Report on vaccination in the Province of Bengal - 1874-1889
Year: 1874
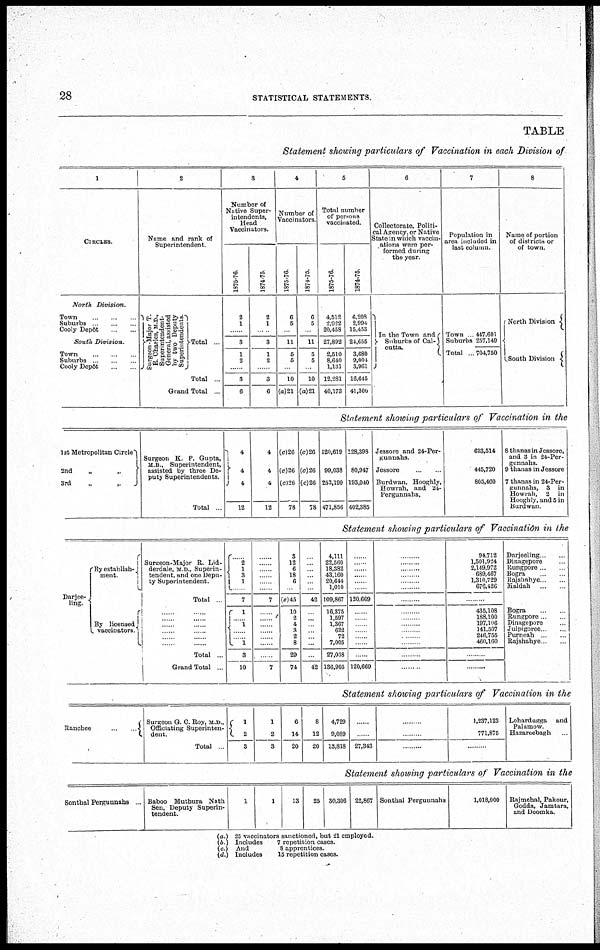
28
STATISTICAL STATEMENTS.
TABLE
Statement showing particulars of Vaccination in each Division of
1
CIRCLES
North
Division.
Town ... ... ...
Suburbs... ... ...
Cooly Depôt... ...
South Division.
Town. ... ... ...
Suburbs . . . . . . . . .
Cooly Depôt ... ...
2
Name and rank of
Superintendent
Surgeon-Major T.
E. Char l
es , M. D.,
Superintendent-
Gener al , assisted
by t wo Deput y
Superintendents
Total ...
Total ...
Grand Total...
3
Number of
Native Super-
intendents,
Head
Vaccinators.
1875-76.
2
1
......
8
1
2
......
3
6
1874-75.
2
1
......
3
1
2
......
3
6
4
Number of
Vaccinators
1875-76.
6
5
......
11
5
5
......
10
(a)21
1874-75.
6
5
......
11
5
5
......
10
(a)21
5
Total number
of persons
vaccinated
1875-76.
4,512
2,922
20,458
27,892
2,510
8,640
1,131
12,281
40,173
1874-75
6,208
2,994
15,453
24,655
3,680
9,004
3,961
16,645
41,300
6
Collectorate, Politi-
cal Agency, or Native
State in which vaccin-
ations were per-
formed during
the year.
In the Town and
Suburbs of Cal¬
cutta.
7
Population in
area included in
last column
Town ...
Suburbs
Total ...
447,601
257,149
704,750
8
Name of portion
of districts or
of town
North Division
South Division
Statement showing particulars of Vaccination in the
1st Metropolitan Circle
2nd„ „
3rd
„
„
Surgeon K. P. Gupta,
M B , Superintendent,
assisted by three De-
puty Superintendents
Total ...
4
4
4
12
4
4
4
12
(c)26
(c)26
(c)26
78
(c)26
(c)26
(c)26
78
120,619
99,038
252,199
471,856
128,398
80,947
193,040
402,385
Jessore and 24-Per-
Kunnahs.
Jessore ... ...
Burdwan, Hooghly,
Bowrah, and 24-
Pergunnahs.
623,514
445,720
805,460
8 thanas in Jessore,
and 3 in 24-Per-
gunnahs.
9 thanas in Jessore
7 thanas in 24-Per-
gunnahs, 3 in
Howrah, 2 in
Hooghly, and 5 in
Burdwan
Statement showing particulars of Vaccination in the
Darjee-
ling.
By establish-
ment.
By licensed
vaccinators.
Surgeon-Major R. Lid-
derdale, M. D., Superin-
tendent, and one Depu-
ty Superintendent.
Total
...... ......
...... ......
...... ......
...... ......
...... ......
...... ......
Total ...
Grand Total ...
.....
2
1
3
1
...
7
1
...
1
...
... 1
3
10
......
......
.......
...... ......
.....
7
......
......
......
......
......
......
......
7
3
12
6
18
6
...
(e)45
10
2
4
3
2
8
29
74
...
...
...
... ...
...
42
...
...
...
...
...
...
...
42
4,111
22,560
18,382
43,160
20,644
1,010
109,867
16,375
1,597
1,367
622
72
7,005
27,038
136,905
......
......
......
......
......
......
120,669
......
......
......
......
......
......
......
120,669
......
......
......
...... ......
......
......
......
......
......
......
......
......
......
......
94,712
1,501,924
2,149,972
689,467
1,310,729
676,426
......
435,108 188,100 197,106
141,507 246,755 460,160
......
......
Darjeeling
Dinagepore
Rungpore
Bogra
Rojshahye
Maldah
Bogra
Rungpore
Dinagepore
Julpigoree
Purneah
Rajshahye
......
......
Statement showing particulars of Vaccination in the
Rancbee
...
...
Surgeon G. C. Roy, M.D.,
Officiating Superinten-
dent.
Total ...
1
2
3
1
2
3
6
14
20
8
12
20
4,729
9,089
13,818
......
27,343
......
.....
1,237,123
771,875
......
Lohardugga and
Palamow.
Hazareebagh
Statement showing particulars of Vaccination in the
Sonthal Pergunnahs ... Baboo Muthura Nath
Sen, Deputy Superin-
tendent
1
1
13
25 30,306 22,867 Sonthal Pergunnahs
1,018,000 Rajmehal, Pakour,
Godda, Jamtara,
and Doomka.
(a.) 25 vaccinators sanctioned, but 21 employed.
(b ) Includes
7 repetition cases.
(c) And
8 apprentices.
(d.) Includes
15 repetition cases.